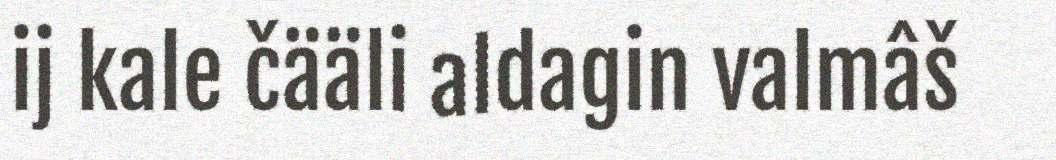
ij kale čääli aldagin valmâš